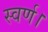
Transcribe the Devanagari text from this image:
स्वर्ण।